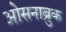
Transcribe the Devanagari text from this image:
ओसनाब्रुक